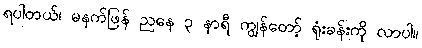
ရပါတယ်၊ မနက်ဖြန် ညနေ ၃ နာရီ ကျွန်တော့် ရုံးခန်းကို လာပါ။